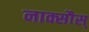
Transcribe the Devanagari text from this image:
नाक्सौस्